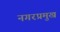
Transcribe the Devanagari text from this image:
नगरप्रमुख